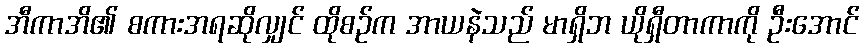
အီကာအိ၏ စကားအရဆိုလျှင် ထိုစဉ်က အာယနဲသည် မာရှိဘ ယိုရှီတာကာကို ဦးအောင်